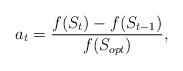
LaTeX: \begin{align*}a_t=\frac{f(S_t)-f(S_{t-1})}{f(S_{opt})},\end{align*}